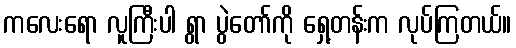
ကလေးရော လူကြီးပါ ရွာ ပွဲတော်ကို ရှေ့တန်းက လုပ်ကြတယ်။